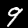
Label: 9